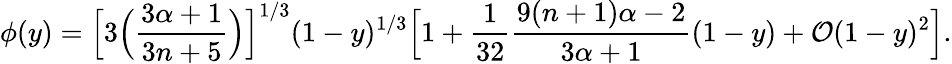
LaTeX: \phi(y)=\Big[3\Big(\frac{3\alpha+1}{3n+5}\Big)\Big]^{1/3}(1-y)^{1/3}\Big[1+\frac{1}{32}\frac{9(n+1)\alpha-2}{3\alpha+1}(1-y)+\mathcal{O}(1-y)^{2}\Big].